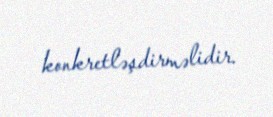
konkretləşdirməlidir.